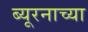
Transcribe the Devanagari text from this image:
ब्यूरनाच्या